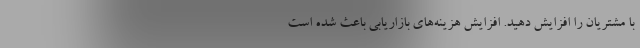
با مشتریان را افزایش دهید. افزایش هزینه‌های بازاریابی باعث شده است